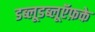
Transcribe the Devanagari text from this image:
डब्लूडब्लूऍफ़के